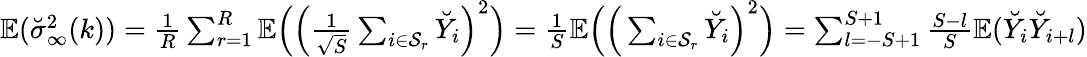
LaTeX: \begin{array}{r}{\mathbb{E}(\breve{\sigma}_{\infty}^{2}(k))=\frac{1}{R}\sum_{r=1}^{R}\mathbb{E}\Big(\Big(\frac{1}{\sqrt{S}}\sum_{i\in{\mathcal{S}_{r}}}\breve{Y}_{i}\Big)^{2}\Big)=\frac{1}{S}\mathbb{E}\Big(\Big(\sum_{i\in{\mathcal{S}_{r}}}\breve{Y}_{i}\Big)^{2}\Big)=\sum_{l=-S+1}^{S+1}\frac{S-l}{S}\mathbb{E}(\breve{Y}_{i}\breve{Y}_{i+l})}\end{array}